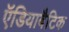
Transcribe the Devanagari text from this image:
ऍडियाबैटिक